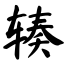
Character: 辏